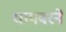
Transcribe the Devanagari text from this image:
धायबरने